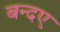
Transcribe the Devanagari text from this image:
बन्दए